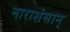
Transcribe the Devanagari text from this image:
नाराशंसान्